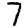
Digit: 7